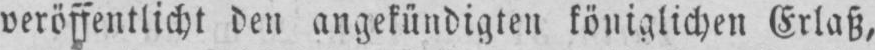
veröffentlicht den angekündigten königlichen Erlaß,